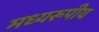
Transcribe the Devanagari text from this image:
मध्यरूपीय